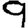
Digit: 9